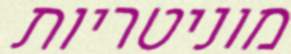
מוניטריות